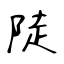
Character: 陡